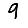
Digit: 9